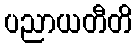
ပညာယတီတိ